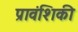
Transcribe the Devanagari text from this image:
प्रावंशिकी